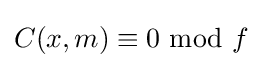
C(x,m)\equiv 0{\text{ mod }}f